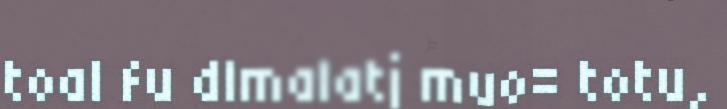
toal fu dlmalatj muo= totu,